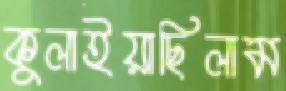
কুলাইয়াছিলাম